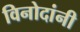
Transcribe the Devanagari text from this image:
विनोदांनी